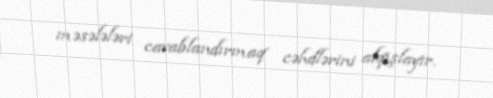
məsələləri cavablandırmaq cəhdlərini alqışlayır.